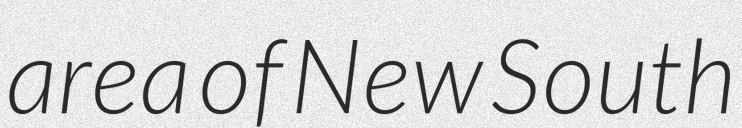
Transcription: area of New South